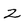
Character: Z